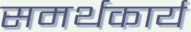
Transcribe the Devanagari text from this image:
समर्थकार्य